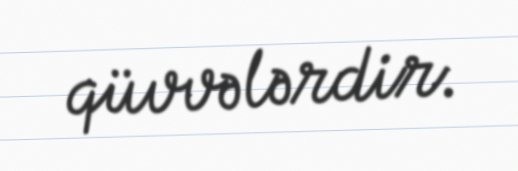
qüvvələrdir.